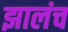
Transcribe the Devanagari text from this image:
झालंच